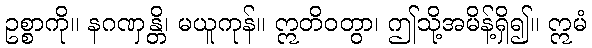
ဥစ္စာကို။ နဂဏှန္တိ၊ မယူကုန်။ ဣတိဝတွာ၊ ဤသို့အမိန့်ရှိ၍။ ဣမံ